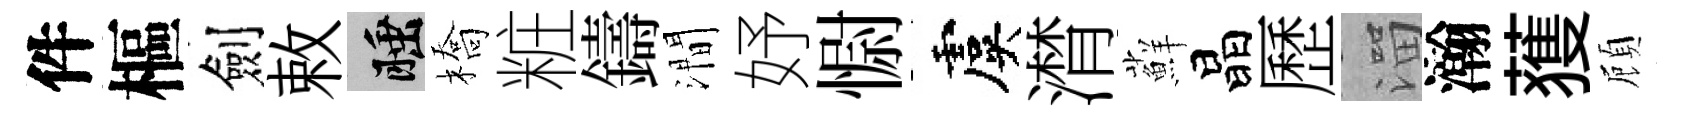
件樞劍敕睡橋粧鑄澗妤𢠢虞潸蘚晶歷溜瀚𫉬頋